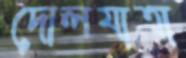
দোলযাত্রা